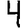
Digit: 4